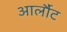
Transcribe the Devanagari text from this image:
आर्लौट